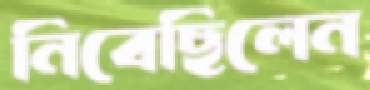
নিবেছিলেন